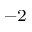
^ { - 2 }